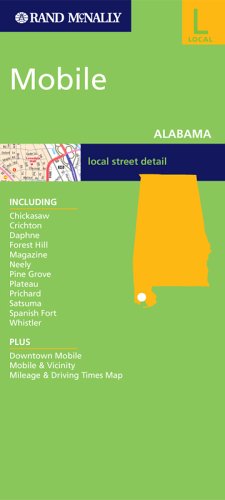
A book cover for Mobile, Alabama: Including Chickasaw, Crichton, Daphne, Forest Hill, Magazine, Neely, Pine Grove, Plateau, Prichard, Satsuma, Spanish F (Rand McNally Folded Map: Cities); Rand McNally and Company; Travel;